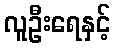
လူဦးရေနှင့်